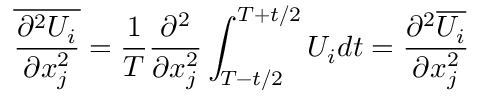
\overline { { \frac { \partial ^ { 2 } U _ { i } } { \partial x _ { j } ^ { 2 } } } } = { \frac { 1 } { T } } { \frac { \partial ^ { 2 } } { \partial x _ { j } ^ { 2 } } } \int _ { T - t / 2 } ^ { T + t / 2 } U _ { i } d t = { \frac { \partial ^ { 2 } \overline { { U _ { i } } } } { \partial x _ { j } ^ { 2 } } }